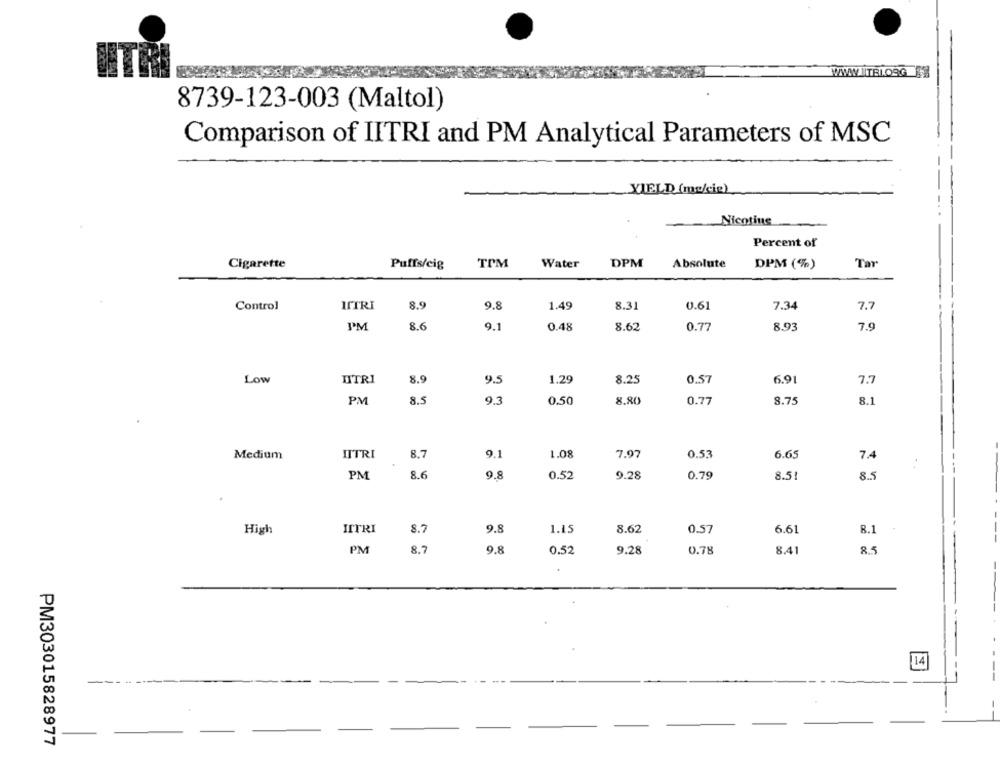
WWW.ITBLOSG 11
8739-123-003 (Maltol)
Comparison of IITRI and PM Analytical Parameters of MSC
YIELD (me/cie)
Nicotine
Percent of
Cigarette
Puffs/cig
TPM
Water
DPM
Absolute
DPM (%)
Ta
Control
MITRI
8.9
9.8
1.49
8.31
0.61
7.34
7.7
PM
8.6
9.1
0.48
8.62
0.77
8.93
7.9
Low
UTRI
8.9
9.5
1.29
8.25
0.57
6.91
7.7
PM
8.5
9.3
0.50
8.80
0.77
8.75
8.1
IITRI
8.7
Medium
9.1
1.08
7.97
0.53
6.65
7.4
PM
8.6
9.8
0.52
9.28
0.79
8.51
8.5
8.7
9.8
6.61
8.1
High
JITRI
1.15
8.62
0.57
PM
8.7
9.8
0.52
9.28
0.78
8.41
8.5
14
---
PM303015828977